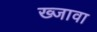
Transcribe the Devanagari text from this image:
ख्जावा